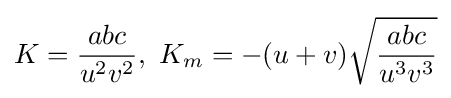
K={abc \over u^{2}v^{2}},\,\,K_{m}=-(u+v){\sqrt {abc \over u^{3}v^{3}}}